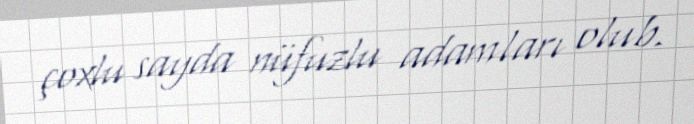
çoxlu sayda nüfuzlu adamları olub.